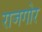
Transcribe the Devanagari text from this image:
राजगोर